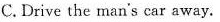
C.Drive the man's car away.